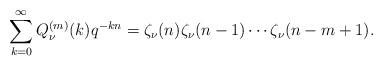
LaTeX: \begin{align*}\sum_{k=0}^\infty Q^{(m)}_\nu(k)q^{-kn} = \zeta_\nu(n)\zeta_\nu(n-1) \cdots \zeta_\nu(n-m+1).\end{align*}